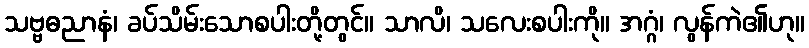
သဗ္ဗဓညာနံ၊ ခပ်သိမ်းသောစပါးတို့တွင်။ သာလိ၊ သလေးစပါးကို။ အဂ္ဂံ၊ လွန်ကဲ၏ဟု။